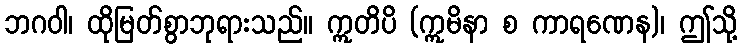
ဘဂဝါ၊ ထိုမြတ်စွာဘုရားသည်။ ဣတိပိ (ဣမိနာ စ ကာရဏေန)၊ ဤသို့